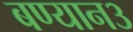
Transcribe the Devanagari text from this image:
बण्यान३